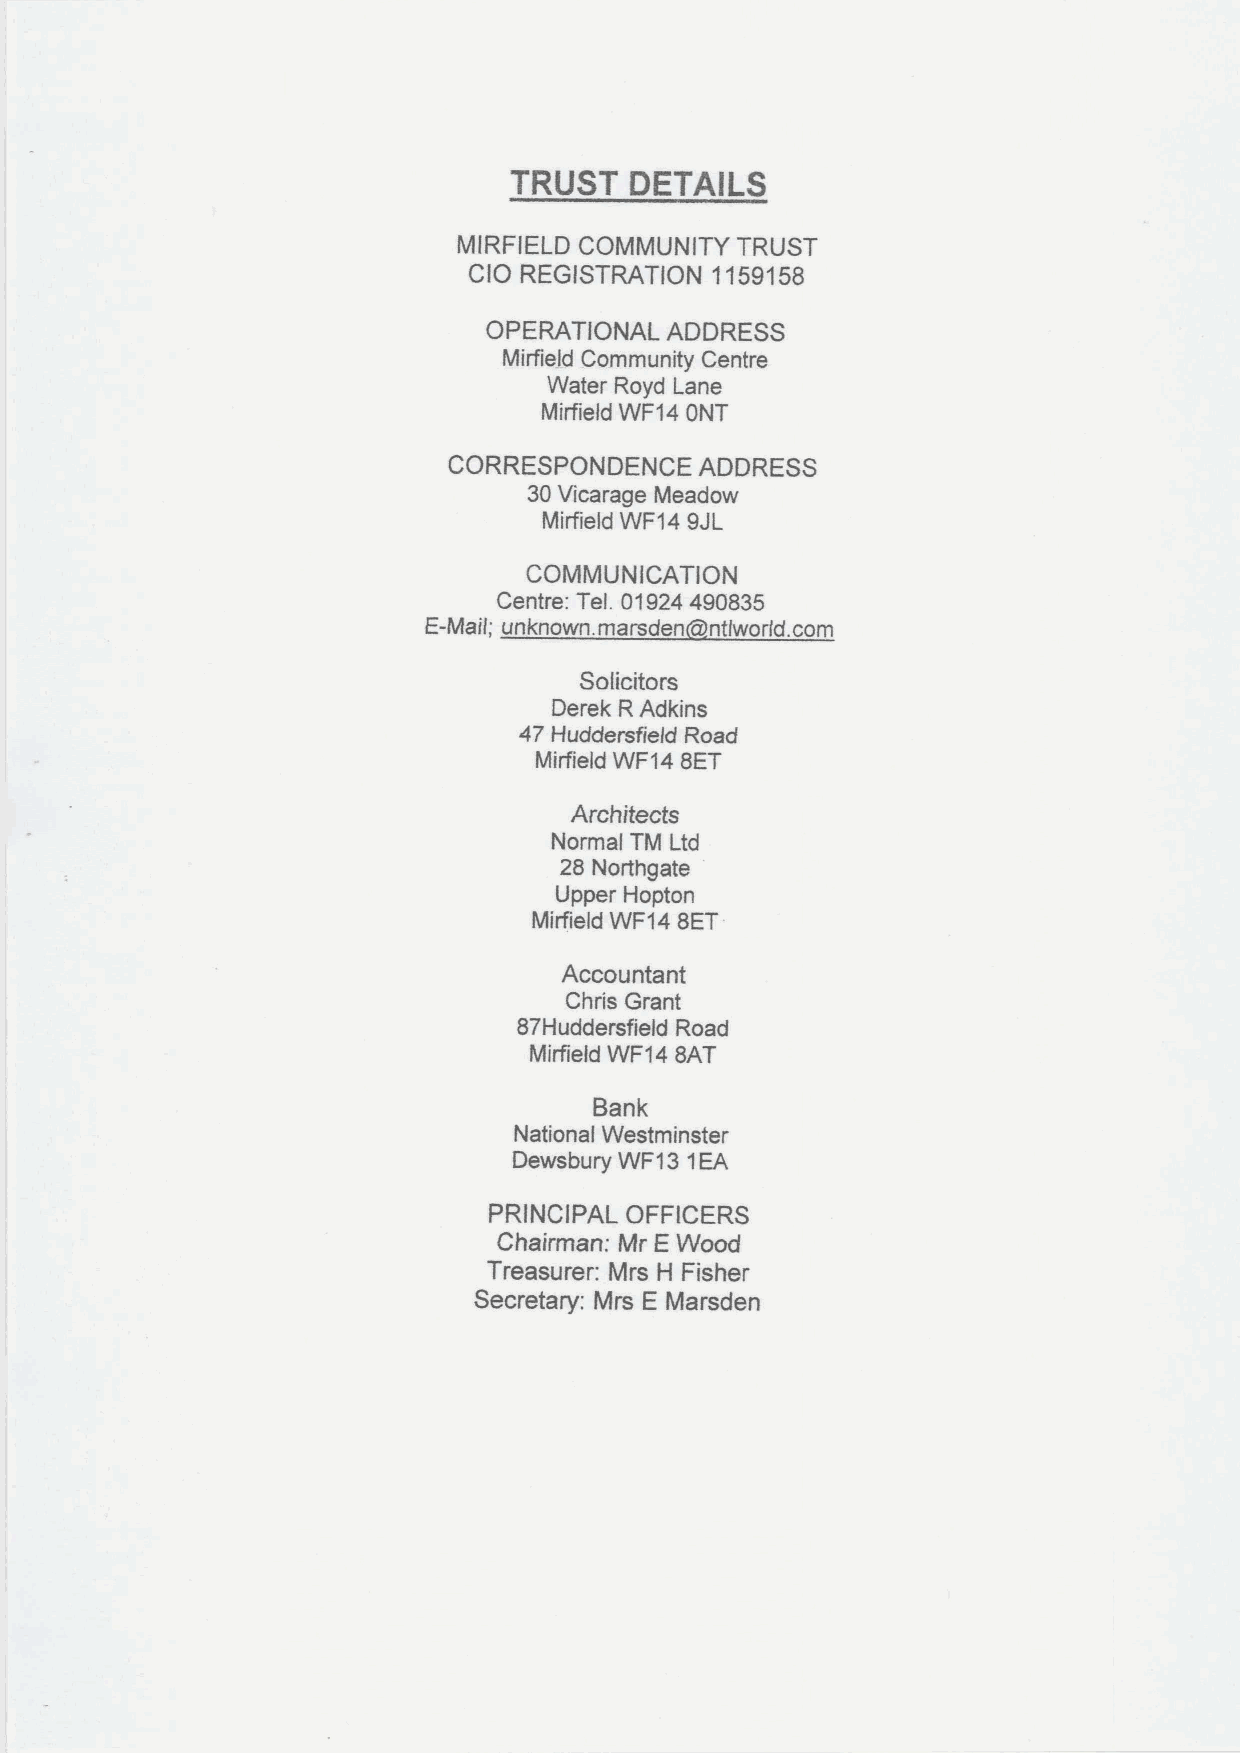
TRUST   DETAILS
 MIRFIELD COMMUNITY TRUST
 CIO REGISTRATION 1159158
 OPERATIONAL ADDRESS
 Mirfield Community Centre
 Water Royd Lane
 Mirfield WF14 ONT
 CORRESPONDENCE  ADDRESS
 30Vicarage Meadow
 Mirfield WF14 9JL
 COMMUNICATION
 Centre: Tel. 01924490835
 E-Mail; unknown. marsden ntlworld. com
 Solicitors
 Derek RAdkins
 47 Huddersfield Road
 Mirfield WF14 8ET
 Architects
 Normal TM Ltd
 28 Northgate
 Upper Hopton
 Mirfield WF14 8ET
 Accountant
 Chris Grant
 87Huddersfield Road
 Mirfield WF14 8AT
 Bank
 National Westminster
 Dewsbury WF13 1EA
 PRINCIPAL OFFICERS
 Chairman: Mr EWood
 Treasurer: Mrs H Fisher
 Secretary: Mrs E Marsden